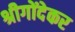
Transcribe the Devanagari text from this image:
श्रीगोंदेकर